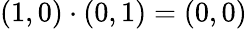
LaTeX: (1,0)\cdot(0,1)=(0,0)